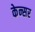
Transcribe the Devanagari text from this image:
केन्सर